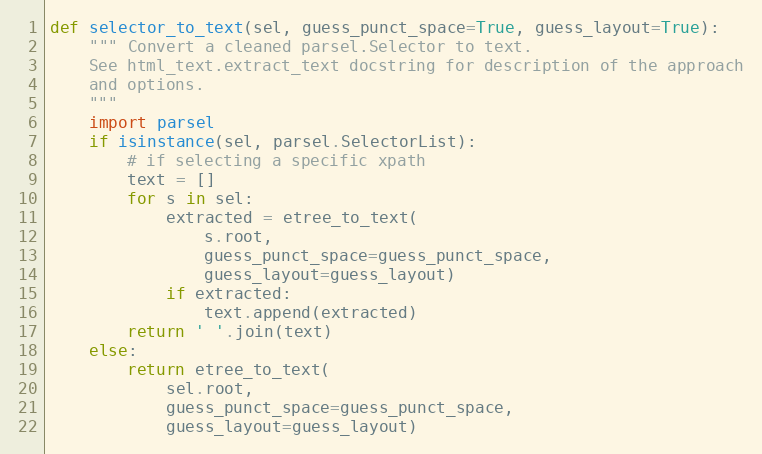
Language: Python
def selector_to_text(sel, guess_punct_space=True, guess_layout=True):
    """ Convert a cleaned parsel.Selector to text.
    See html_text.extract_text docstring for description of the approach
    and options.
    """
    import parsel
    if isinstance(sel, parsel.SelectorList):
        # if selecting a specific xpath
        text = []
        for s in sel:
            extracted = etree_to_text(
                s.root,
                guess_punct_space=guess_punct_space,
                guess_layout=guess_layout)
            if extracted:
                text.append(extracted)
        return ' '.join(text)
    else:
        return etree_to_text(
            sel.root,
            guess_punct_space=guess_punct_space,
            guess_layout=guess_layout)